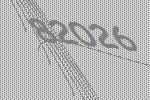
82026